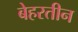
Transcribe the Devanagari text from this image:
बेहरतीन